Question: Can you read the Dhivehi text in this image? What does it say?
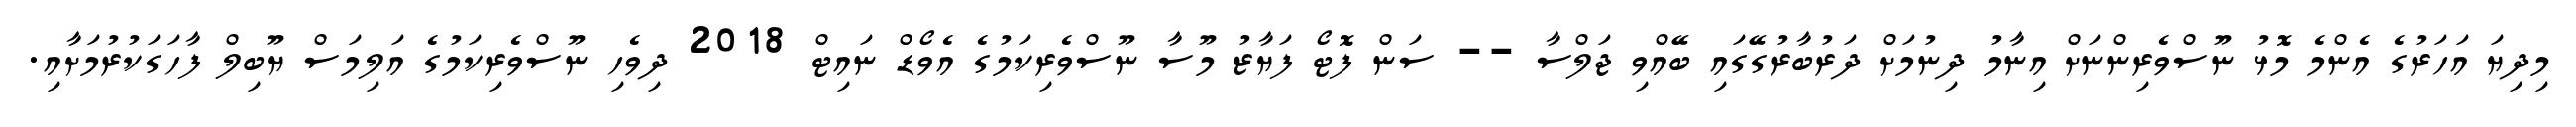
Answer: މިދިޔަ އަހަރުގެ އެންމެ މޮޅު ނޫސްވެރިންނަށް އިނާމު ދިނުމަށް ދަރުބާރުގޭގައި ބޭއްވި ޖަލްސާ -- ސަން ފޮޓޯ ފަޔާޒު މޫސާ ނޫސްވެރިކަމުގެ އެވޯޑް ނައިޓް 2018 ދިވެހި ނޫސްވެރިކަމުގެ އަލިމަސް ޔޫބިލް ފާހަގަކުރުމަށާއި.